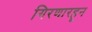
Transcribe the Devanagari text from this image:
गिरणारहून